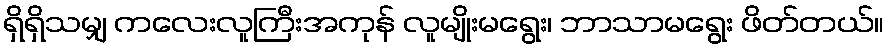
ရှိရှိသမျှ ကလေးလူကြီးအကုန် လူမျိုးမရွေး၊ ဘာသာမရွေး ဖိတ်တယ်။